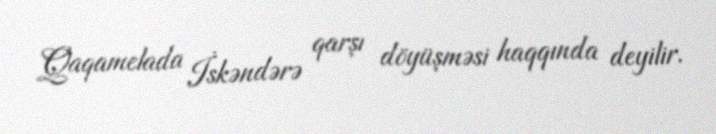
Qaqamelada İskəndərə qarşı döyüşməsi haqqında deyilir.